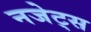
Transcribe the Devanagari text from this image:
नजेट्स